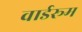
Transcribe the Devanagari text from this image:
वार्डरूम